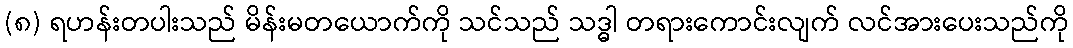
(၈) ရဟန်းတပါးသည် မိန်းမတယောက်ကို သင်သည် သဒ္ဓါ တရားကောင်းလျက် လင်အားပေးသည်ကို